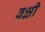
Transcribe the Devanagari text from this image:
वक्षी